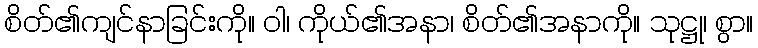
စိတ်၏ကျင်နာခြင်းကို။ ဝါ၊ ကိုယ်၏အနာ၊ စိတ်၏အနာကို။ သုဋ္ဌု၊ စွာ။